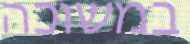
במשוכה